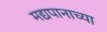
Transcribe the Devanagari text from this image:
मद्यपानाच्या